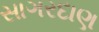
સાગરદાણ